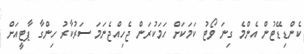
ކެންޑިޑޭޓުން އެންމެ ގިނަ ވޯޓު ކަމަކަށް ހަމަކުރަން ޖެހިއްޖެނަމަ ސަރުކާރު ހިންގާ ޕާޓީއަށް